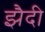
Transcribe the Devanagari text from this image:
झैदी